Papers set at the Examination for Leaving Certificates, 1894
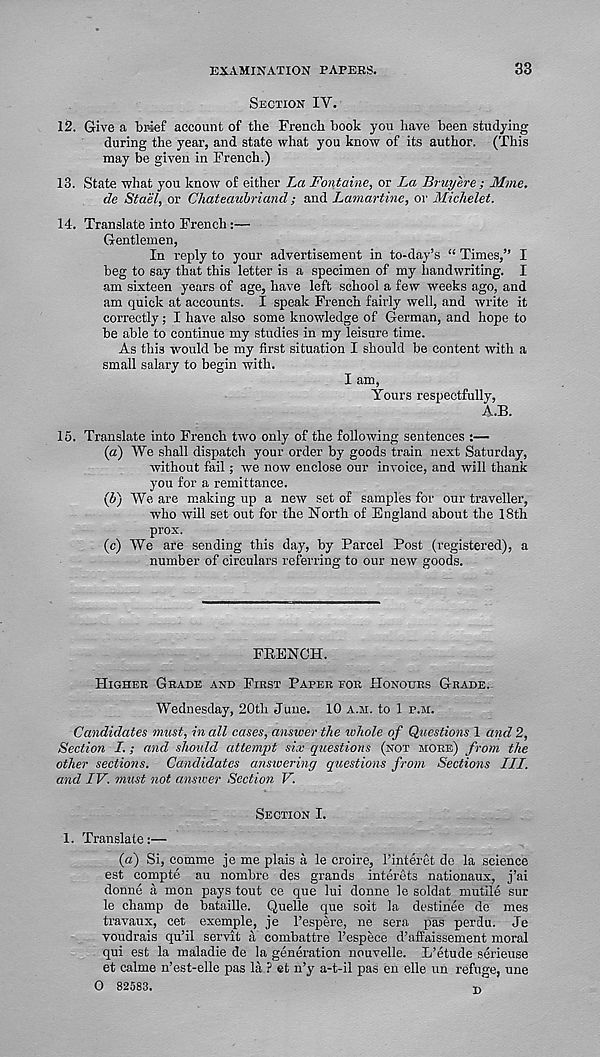
EXAMINATION PAPERS.
33
Section IY.
12. Give a bisef account of tlie French book you have been studying
during the year, and state what you know of its author. (This
may be given in French.)
13. State what you know of either La Fontaine, or La Bruyere ; Mme.
de Stael, or Chateaubriand; and Lamartine, or Michelet.
14. Translate into French:—
Gentlemen,
In reply to your advertisement in to-day’s “ Times,” I
beg to say that this letter is a specimen of my handwriting. I
am sixteen years of age, have left school a few weeks ago, and
am quick at accounts. I speak French fairly well, and write it
correctly; I have also some knowledge of German, and hope to
be able to continue my studies in my leisure time.
As this would be my first situation I should be content with a
small salary to begin with.
I am,
Yours respectfully,
A.B.
15. Translate into French two only of the following sentences :—
(a) We shall dispatch your order by goods train next Saturday,
without fail; we now enclose our invoice, and will thank
you for a remittance.
(5) We are making up a new set of samples for our traveller,
who will set out for the North of England about the 18th
prox.
(c) We are sending this day, by Parcel Post (registered), a
number of circulars referring to our new goods.
FEENCH.
Higher Grade and First Paper for Honours Grade.
Wednesday, 20th June. 10 a.m. to 1 p.m.
Candidates must, in all cases, answer the whole of Questions 1 and 2,
Section I. ; and should attempt six questions (not more) from the
other sections. Candidates answering questions from Sections III.
and IV. must not answer Section V.
Section I.
1. Translate:—
(a) Si, comme je me plais a le croire, 1’interet de la science
est compte au nombre des grands interets nationaux, j’ai
donne a mon pays tout ce que lui donne le soldat mutile sur
le champ de bataille. Quelle que soit la destinee de mes
travaux, cet exemple, je I’espere, ne sera pas perdu. Je
voudrais qu’il servit a combattre 1’espece d’affaissement moral
qui est la maladie de la generation nouvelle. L’etude serieuse
et calme n’est-elle pas la ? et n’y a-t-il pas en elle un refuge, une
0 82583.
n